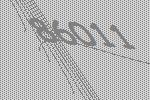
86011